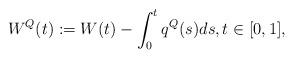
LaTeX: \begin{align*}W^Q(t) := W(t) - \int_0^t q^Q(s)ds, t \in [0,1],\end{align*}